Report on plague and inoculation in the Punjab from October 1st ... to September 30th..., being the ... season of plague in the province
Disease focus: Plague
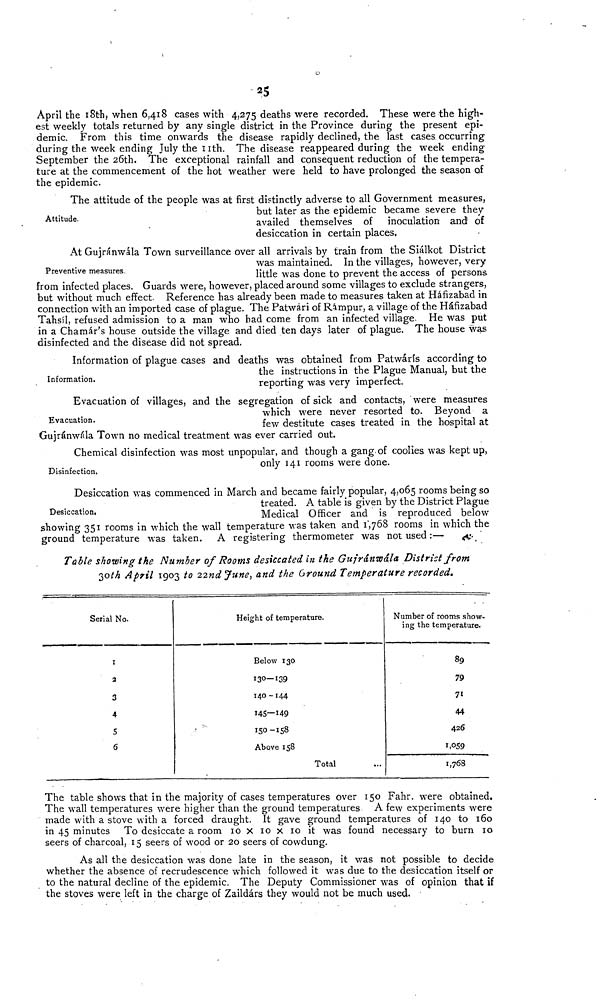
25
April the 18th, when 6,418 cases with 4,275 deaths were recorded. These were the high-
est weekly totals returned by any single district in the Province during the present epi-
demic. From this time onwards the disease rapidly declined, the last cases occurring
during the week ending July the 11th. The disease reappeared during the week ending
September the 26th. The exceptional rainfall and consequent reduction of the tempera-
ture at the commencement of the hot weather were held to have prolonged the season of
the epidemic.
Attitude.
The attitude of the people was at first distinctly adverse to all Government measures,
but later as the epidemic became severe they
availed themselves of inoculation and of
desiccation in certain places.
Preventive measures.
At Gujránwála Town surveillance over all arrivals by train from the Siálkot District
was maintained. In the villages, however, very
little was done to prevent the access of persons
from infected places. Guards were, however, placed around some villages to exclude strangers,
but without much effect. Reference has already been made to measures taken at Hafizabad in
connection with an imported case of plague. The Patwári of Rampur, a village of the Háfizabad
Tahsíl, refused admission to a man who had come from an infected village. He was put
in a Chamár's house outside the village and died ten days later of plague. The house was
disinfected and the disease did not spread.
Information.
Information of plague cases and deaths was obtained from Patwárís according to
the instructions in the Plague Manual, but the
reporting was very imperfect.
Evacuation.
Evacuation of villages, and the segregation of sick and contacts, were measures
which were never resorted to. Beyond a
few destitute cases treated in the hospital at
Gujránwála Town no medical treatment was ever carried out.
Disinfection.
Chemical disinfection was most unpopular, and though a gang of coolies was kept up,
only 141 rooms were done.
Desiccation.
Desiccation was commenced in March and became fairly popular, 4,065 rooms being so
treated. A table is given by the District Plague
Medical Officer and is reproduced below
showing 351 rooms in which the wall temperature was taken and 1;768 rooms in which the
ground temperature was taken. A registering thermometer was not used :—
Table showing the Number of Rooms desiccated in the Gujránwála District from
3oth April 1903 to 22nd June, and the Ground Temperature recorded.
Serial No.
1
2
3
4
S
6
Height of temperature.
Below 130
130—139
140-144
145—149
150-158
Above 158
Total
Number of rooms show-
ing the temperature.
89
79
71
44
426
1,059
1,768
The table shows that in the majority of cases temperatures over 150 Fahr, were obtained.
The wall temperatures were higher than the ground temperatures A few experiments were
made with a stove with a forced draught. It gave ground temperatures of 140 to 160
in 45 minutes To desiccate a room 10x10x10 it was found necessary to burn 10
seers of charcoal, 15 seers of wood or 20 seers of cowdung.
As all the desiccation was done late in the season, it was not possible to decide
whether the absence of recrudescence which followed it was due to the desiccation itself or
to the natural decline of the epidemic. The Deputy Commissioner was of opinion that if
the stoves were left in the charge of Zaildárs they would not be much used.